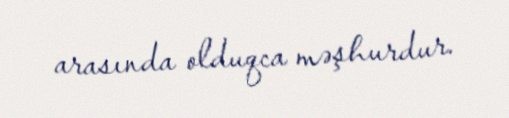
arasında olduqca məşhurdur.